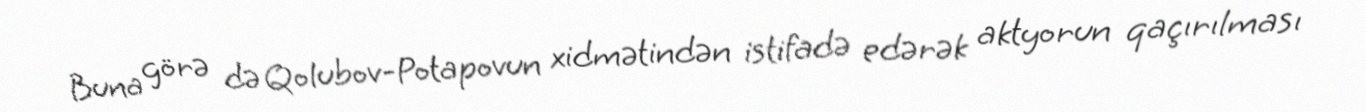
Buna görə də Qolubov-Potapovun xidmətindən istifadə edərək aktyorun qaçırılması